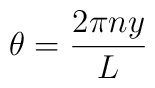
\theta =  {2\pi n y \over L}